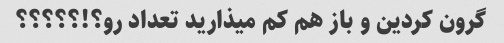
گرون کردین و باز هم کم میذارید تعداد رو؟!؟؟؟؟؟